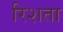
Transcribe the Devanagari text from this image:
रिशता